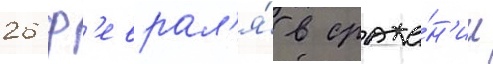
26 ф'еврал'я́ в сраже́н'ии